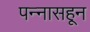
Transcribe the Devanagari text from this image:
पन्‍नासहून